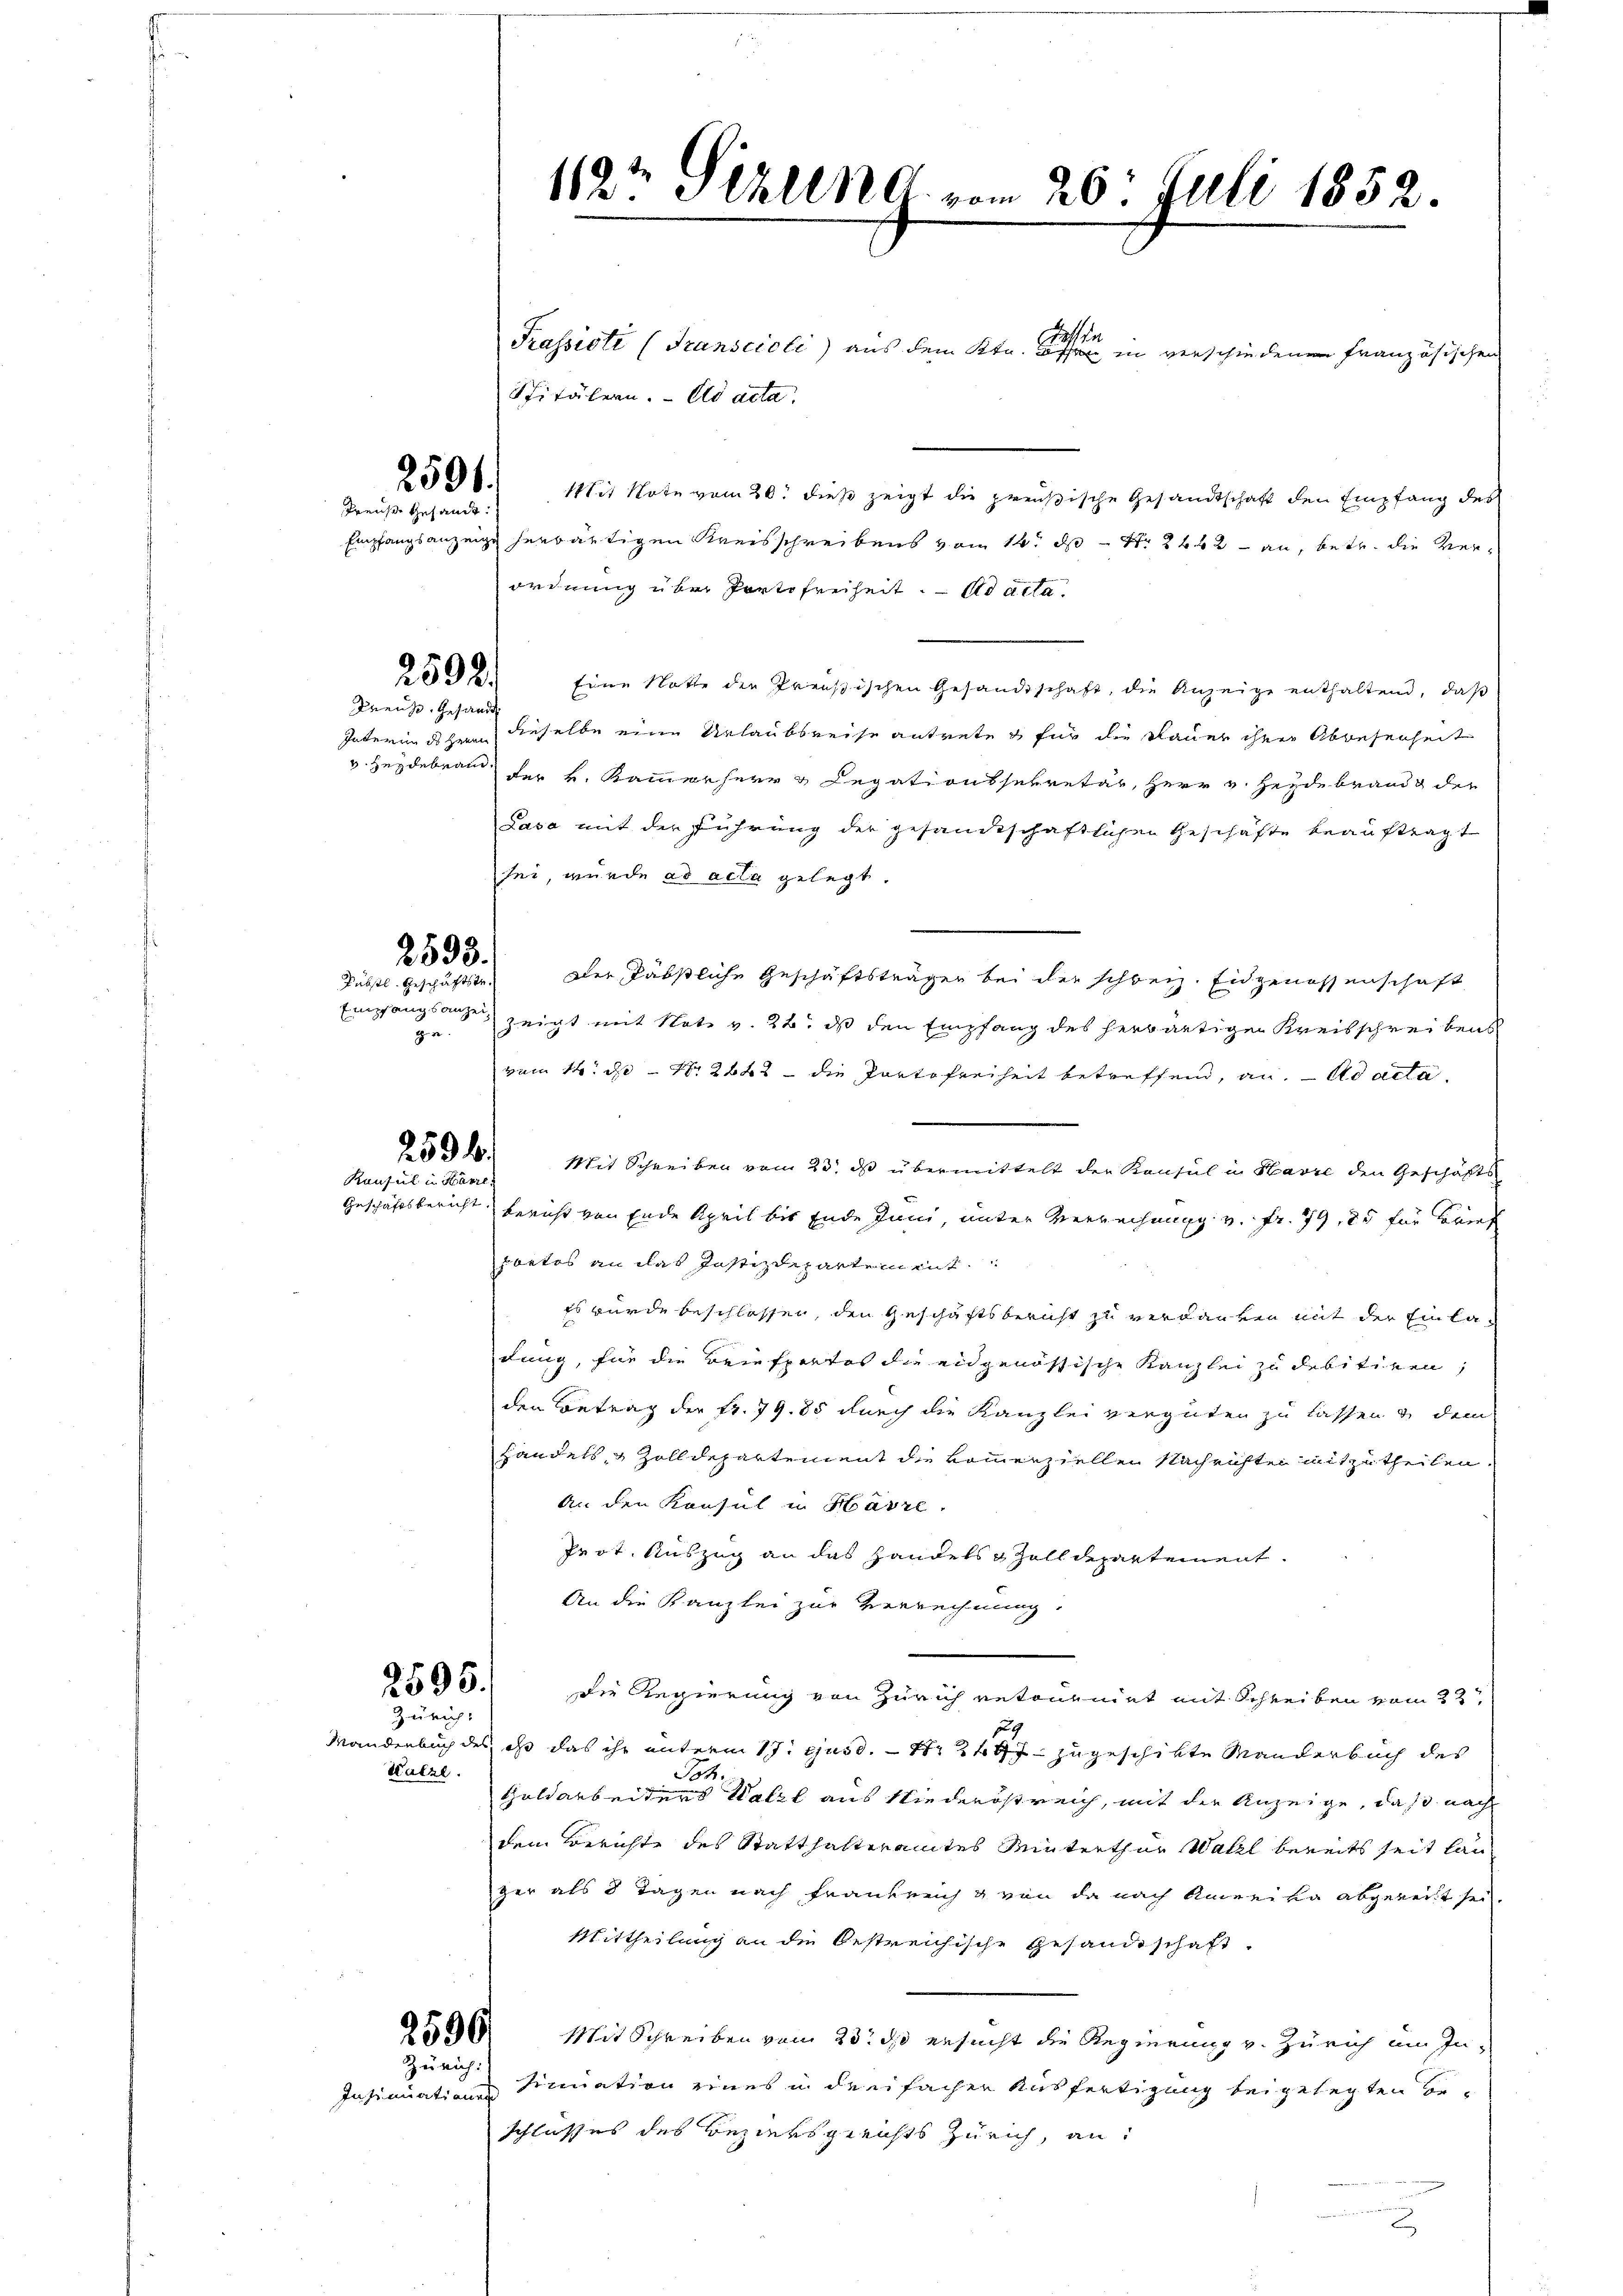
Konsul in Havre
Geschäftsbericht

Preuße Gesandt

Preuß. Gesandt

2593.

Päbstl. Geschäftstegr.

Zürich:

Kalze.

Dasein
Prassiste (Transcioli) aus dem Ktn. assen, in verschiedenen französischen
Spitälern. Als acta.
2598.) Mit Note vom 20. dieß zeigt die preußische Gesandtschaft den Empfang des
Empfangsanzeige herwärtigen Kreisschreibens vom 14. d. 2442 - an, betr. die Verordnung über Portofreiheit. ad acta.
592. Eine Notte der Preußischen Gesandtschaft, die Anzeige enthaltend, daβ
Interundhein dieselbe eine Urlaubsreise antrete für die Dauer ihrer Abwesenheit
 Heydebrand der k. Kammerherr u Legationssekretär, Herr v. Heidebrand der
Lasa mit der Führung der gesandtschaftlichen Geschäfte beauftragt
sei, wurde ad acta gelegt
Der Päbstliche Geschäftsträgen bei der schweiz. Eidgenossenschaft
Empfangsanze zeigt mit Note v. 22. ds den Empfang des herwärtigen Kreisschreibens
vom 14. d. 12662 — die Partofreiheit betreffend, an. ad acta.
2594. Mit Schreiben vom 23. ds übermittelt der Konsul in Havre den Geschäfts
Bericht von Ende April bis Ende Juni, unter Verrechung v. fr. 79, 25 für Bart
Tortes an das Justizdepartement
Es wurde beschlossen, den Geschäftsbericht zu verdanken mit der Einladung, für die Briefportes die eidgenössische Kanzlei zu debitiren,
den Betrag der Fr. 79. 85 durch die Kanzlei vergüten zu lassen & dem
handels & Zolldepartement die kommenziellen Nachrichten mitzutheilen.
An den Konsul in Harre
Prot. Auszug an das Handels & Zolldepartement.
An die Kanzlei zur Verrechnung,
3595. Die Regierung von Zürich retournirt mit Schreiben vom 22t
E
Wandenbuch des ist das ihr unterm 17. ejusd. — 11 244 zugeschikte Manderbuch des
Joh.
Geldarbeiters Katze aus Niederöstreich, mit der Anzeige, daß nach
dem Berichte des Statthalteramtes Winterthur Walzl bereits seit lauzer als 8 Tagen nach Frankreich & von da nach Anreika abgereit sei.
Mittheilung an die bestreichische Gesandtschaft
2536. Mit Schreiben vom 23. ds ersucht die Regierung v. Zürich um In-
sinuation eines in den facher Ausfertigung bei gelegten be¬
Schlusses des Bezirksgerichts Zürich, an:

Zürich:

Insinuationen

119t Schlen A. vom 26. Juli 1852.